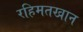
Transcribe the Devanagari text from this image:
रहिमतखान